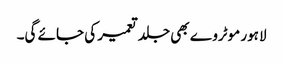
لاہور موٹروے بھی جلد تعمیر کی جائے گی۔